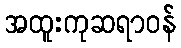
အထူးကုဆရာဝန်